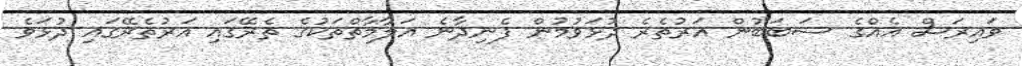
ވައިރަސް އެއްގެ ސަބަބުން އަރުތެރެ ދުޅަވުމުން ފެނިދާނެ އަލާމާތްތަކުގެ ތެރޭގައި އަރުތެރޭގައި ދުޅަވެ